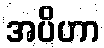
အပိဟာ